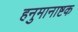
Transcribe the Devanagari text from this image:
हनुमानाष्टक